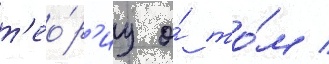
т'ео́р'иу о́ то́м /